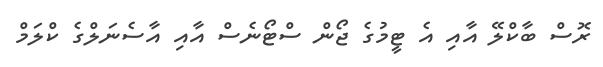
ރޮސް ބާކްލޭ އާއި އެ ޓީމުގެ ޖޯން ސްޓޯނެސް އާއި އާސެނަލްގެ ކްލަމް